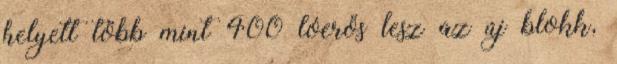
helyett több mint 400 lóerős lesz az új blokk,